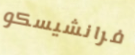
فرانشيسكو